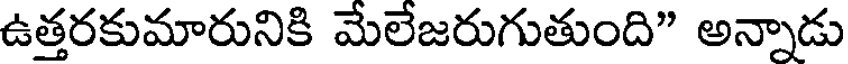
ఉత్తరకుమారునికి మేలేజరుగుతుంది" అన్నాడు